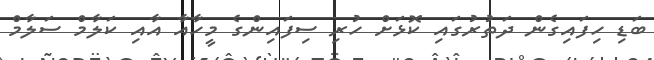
ބަޑި ހިފައިގެން ދަތުރުގައި ކޮޅަށް ހުރި ސިފައިންގެ މީހާއާ އާއި ކަލާމް ސަލާމް